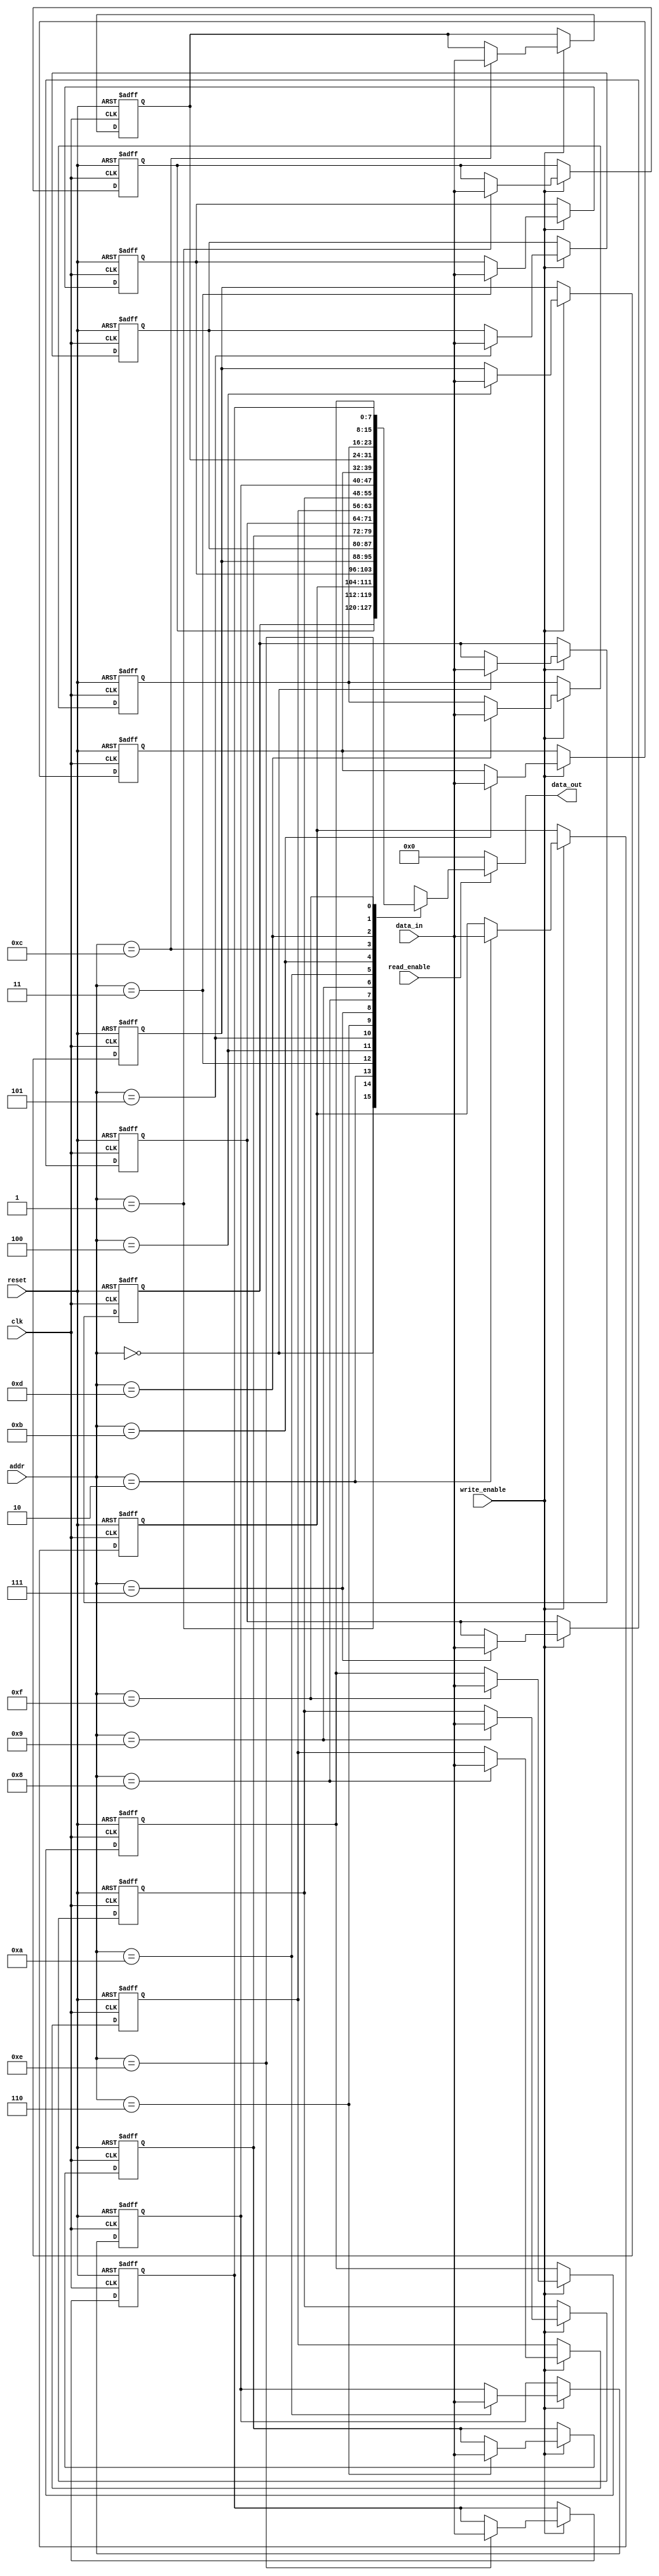
module scratchpad_memory #(
    parameter DATA_WIDTH = 8,     // Width of the data word (8, 16, or 32 bits)
    parameter ADDR_WIDTH = 4,     // Number of address bits (for 16 locations)
    parameter MEM_DEPTH = 1 << ADDR_WIDTH // Memory depth (number of words)
) (
    input wire clk,                // Clock signal
    input wire reset,              // Reset signal
    input wire [ADDR_WIDTH-1:0] addr,   // Address input
    input wire [DATA_WIDTH-1:0] data_in, // Data input for write operations
    input wire write_enable,       // Write enable signal
    input wire read_enable,        // Read enable signal
    output reg [DATA_WIDTH-1:0] data_out // Data output for read operations
);

    // Memory array
    reg [DATA_WIDTH-1:0] memory [0:MEM_DEPTH-1];

    // Asynchronous reset to initialize memory
    integer i;
    always @(posedge clk or posedge reset) begin
        if (reset) begin
            for (i = 0; i < MEM_DEPTH; i = i + 1)begin
                memory[i] <= {DATA_WIDTH{1'b0}}; // Initialize memory to 0
            end
        end
        else begin
            // Write operation
            if (write_enable) begin
                memory[addr] <= data_in; // Store data at the specified address
            end
        end
    end

    // Read operation (async)
    always @(*) begin
        if (read_enable) begin
            data_out = memory[addr]; // Output data from the specified address
        end
        else begin
            data_out = {DATA_WIDTH{1'b0}}; // Default to zero if not reading
        end
    end

endmodule